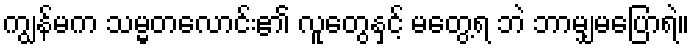
ကျွန်မက သမ္မတလောင်း၏ လူတွေနှင့် မတွေ့ရ ဘဲ ဘာမျှမပြောရဲ။